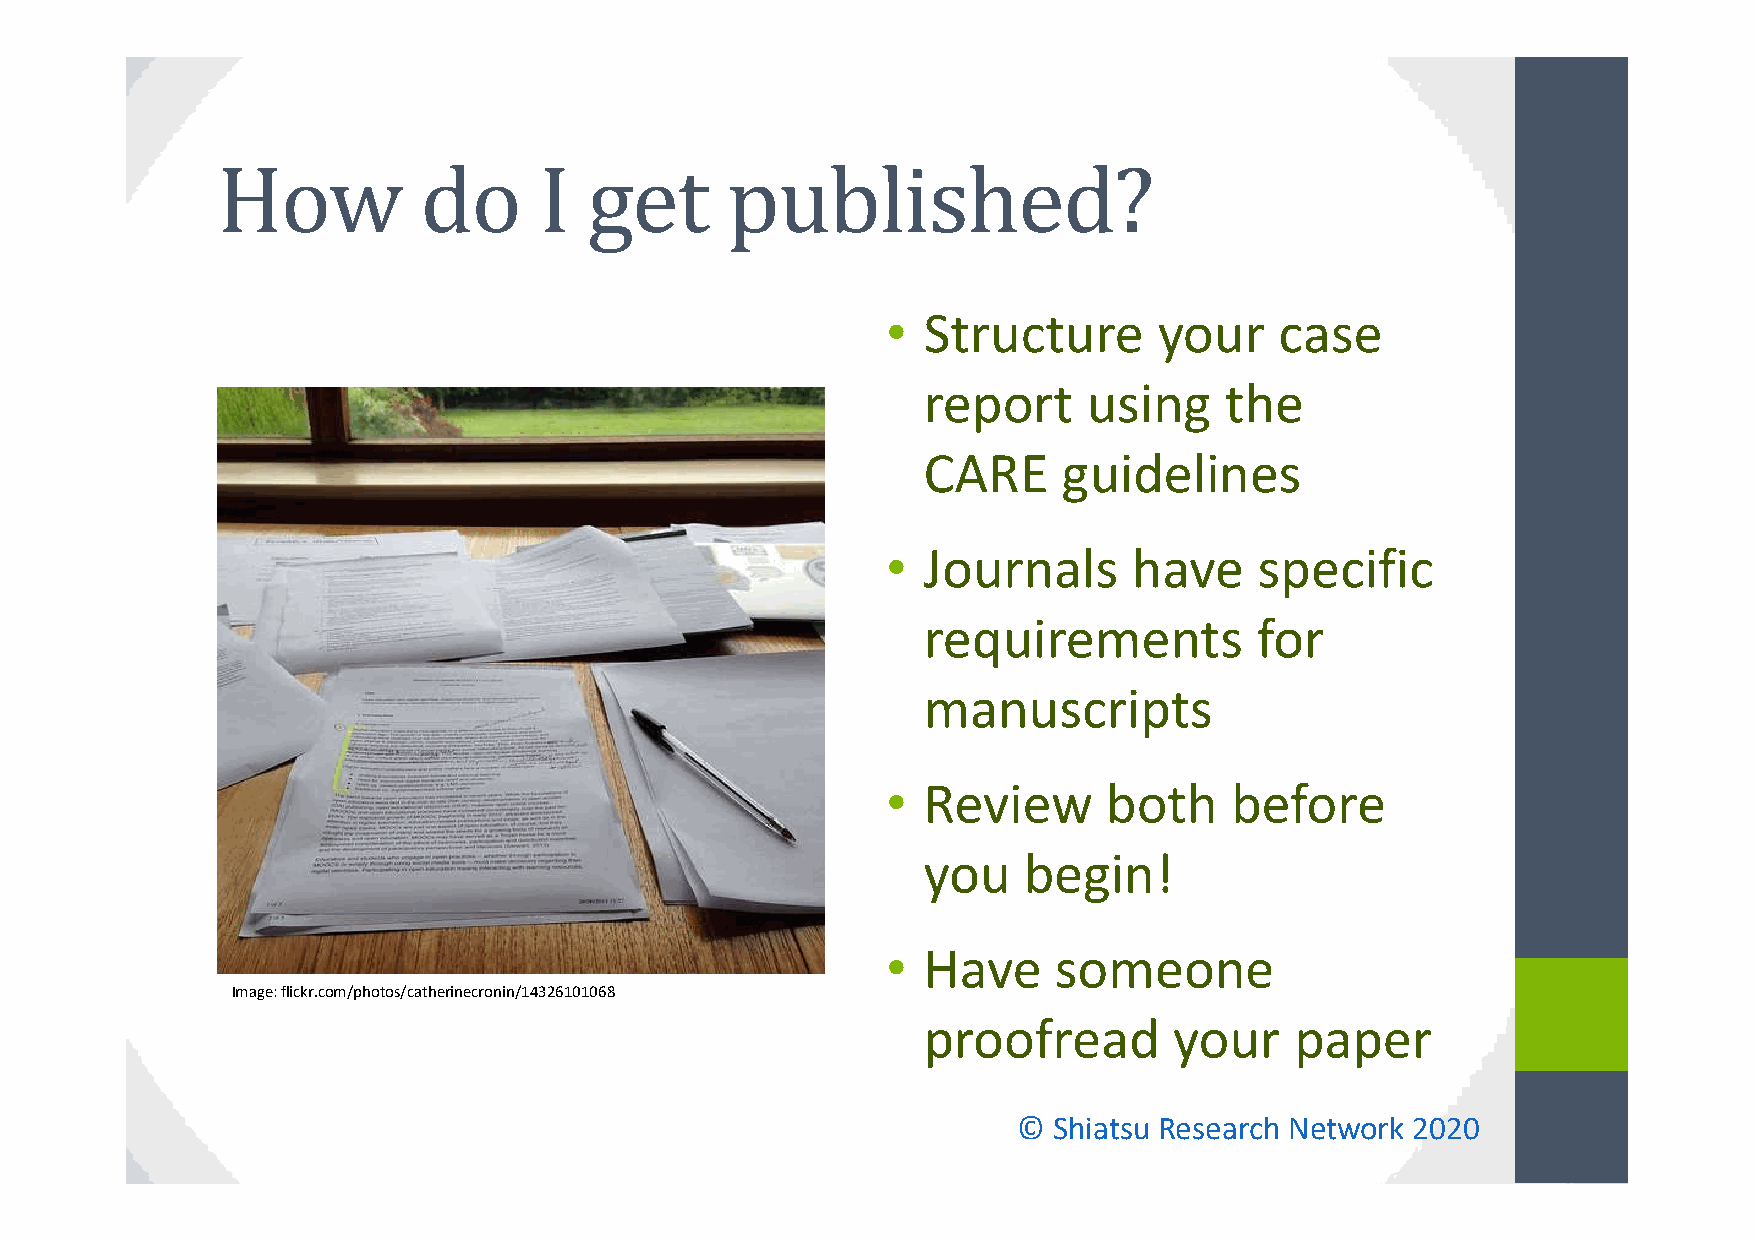
• Structure       your    case
 report     using    the
 CARE     guidelines
 • Journals      have    specific
 requirements          for
 manuscripts
 • Review      both    before
 you    begin!
 • Have     someone
 Image: flickr.com/photos/catherinecronin/14326101068
 proofread        your    paper
 ©  Shiatsu Research Network 2020